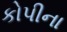
કોપીના